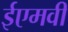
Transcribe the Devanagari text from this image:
ईएमवी